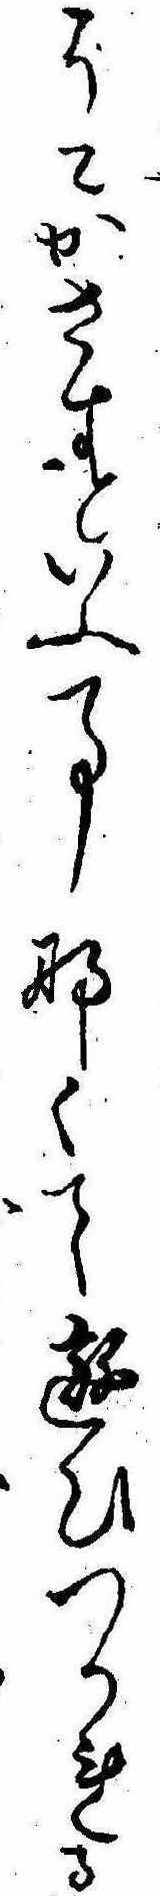
うこかさすといふ事なくて遊ひつかれる